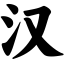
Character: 汉